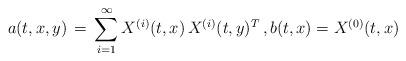
LaTeX: \begin{align*}a(t,x,y) \,=\, \sum_{i=1}^{\infty}X^{(i)}(t,x)\, X^{(i)}(t,y)^{T}\,,b(t,x)=X^{(0)}(t,x)\,\end{align*}